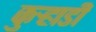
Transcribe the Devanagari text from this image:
कुर्‍हाडी